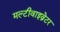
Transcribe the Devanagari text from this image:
मल्टीवाइव्रेटर